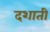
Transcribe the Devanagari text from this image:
दशाती